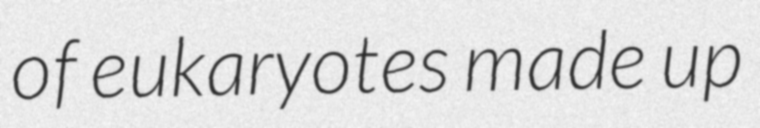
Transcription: of eukaryotes made up